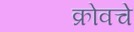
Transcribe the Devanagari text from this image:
क्रोवचे